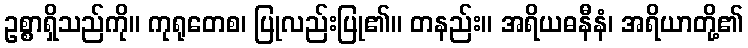
ဥစ္စာရှိသည်ကို။ ကုရုတေစ၊ ပြုလည်းပြု၏။ တနည်း။ အရိယဓနီနံ၊ အရိယာတို့၏